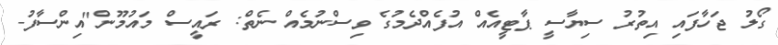
ގޯލު ޖަހާފައި އިތުރު ސިޔާސީ ޕާޓީއެއް އުފެއްދެމުގެ ވިސްނުމެއް ނެތް: ރައީސް މައުމޫން"އިންސާފު-